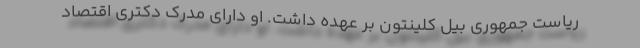
ریاست جمهوری بیل کلینتون بر عهده داشت. او دارای مدرک دکتری اقتصاد